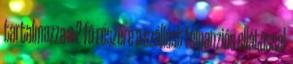
tartalmazza a 2 fõ részére a szállást félpanziós ellátással